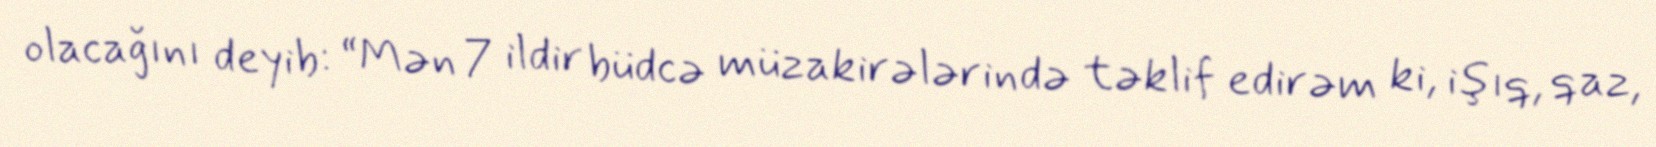
olacağını deyib: “Mən 7 ildir büdcə müzakirələrində təklif edirəm ki, işıq, qaz,